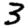
Digit: 3